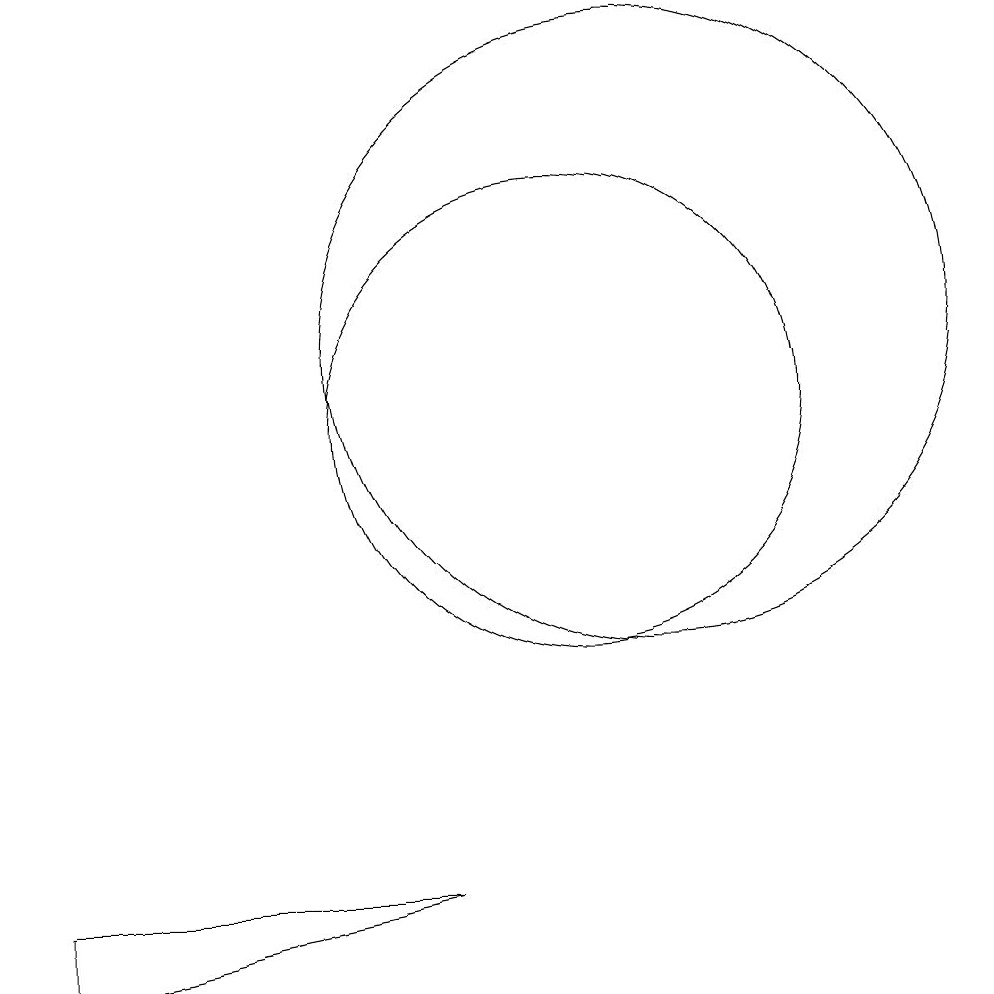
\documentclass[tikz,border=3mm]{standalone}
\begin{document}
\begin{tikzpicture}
\draw (3,4) -- (8,4) -- (3,3) -- cycle;
\draw (10,10) circle (3);
\draw (11,11) circle (4);
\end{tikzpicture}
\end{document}